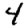
Digit: 4